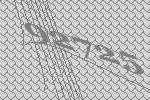
92725